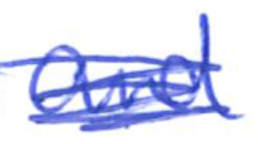
Text: and
Cross-out: scratch
Writing tool: ballpoint